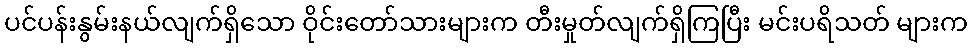
ပင်ပန်းနွမ်းနယ်လျက်ရှိသော ဝိုင်းတော်သားများက တီးမှုတ်လျက်ရှိကြပြီး မင်းပရိသတ် များက